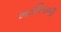
ખડપિપળી